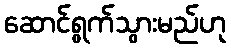
ဆောင်ရွက်သွားမည်ဟု